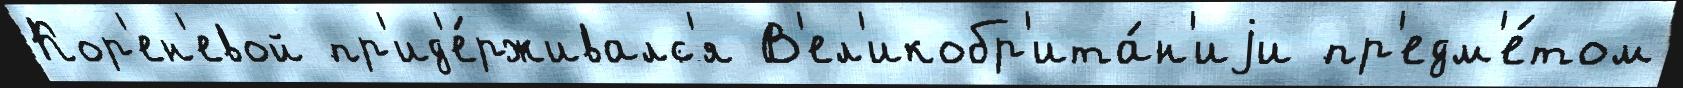
Кор'ен'евой пр'ид'е́рживалс'я В'ел'икобр'ита́н'иjи пр'едм'е́том